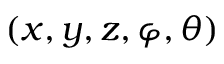
( x , y , z , \varphi , \theta )